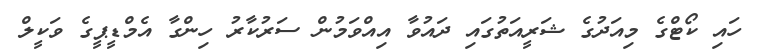
ހައި ކޯޓްގެ މިއަދުގެ ޝަރީއަތުގައި ދައުވާ އިއްވަމުން ސަރުކާރު ހިންގާ އެމްޑީޕީގެ ވަކީލް